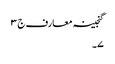
گنجینہ معارف ج ٣
٧۔